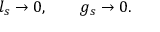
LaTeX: l _ { s } \rightarrow 0 , \qquad g _ { s } \rightarrow 0 .